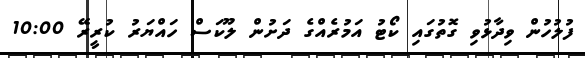
ފުލުހުން ވިދާޅުވި ގޮތުގައި ކޯޓު އަމުރެއްގެ ދަށުން ލޫކަސް ހައްޔަރު ކުރީރޭ 10:00